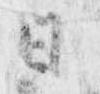
日